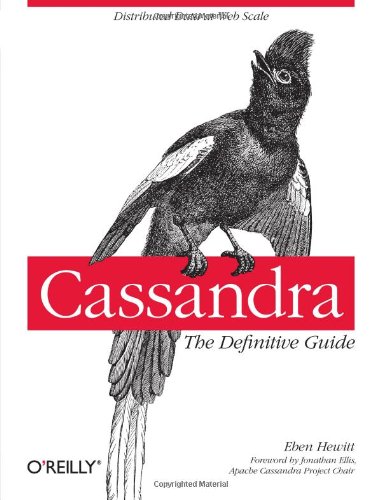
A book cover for Cassandra: The Definitive Guide; Eben Hewitt; Computers & Technology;